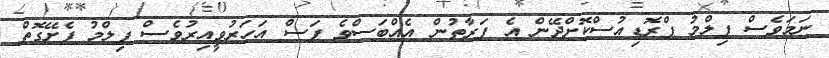
ނަމަވެސް ފިލްމު ޕްރޮޑިއުސްކޮށްދޭން އެ ފަރާތުން އެއްބަސްވެ ފަސް އަހަރުވީއިރުވެސް ފިލްމު ފެށޭގޮތް